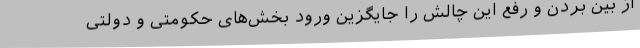
از بین بردن و رفع این چالش را جایگزین ورود بخش‌های حکومتی و دولتی